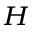
_ H